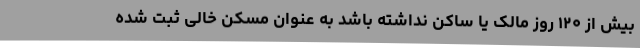
بیش از ۱۲۰ روز مالک یا ساکن نداشته باشد به عنوان مسکن خالی ثبت شده